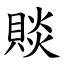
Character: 賧